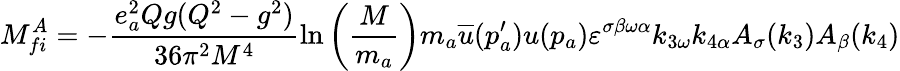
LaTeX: M_{fi}^{A}=-\frac{e_{a}^{2}Qg(Q^{2}-g^{2})}{36\pi^{2}M^{4}}\ln\left(\frac{M}{m_{a}}\right)m_{a}\overline{{{u}}}(p_{a}^{\prime})u(p_{a})\varepsilon^{\sigma\beta\omega\alpha}k_{3\omega}k_{4\alpha}A_{\sigma}(k_{3})A_{\beta}(k_{4})